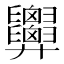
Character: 𢍹